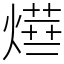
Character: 𤍞